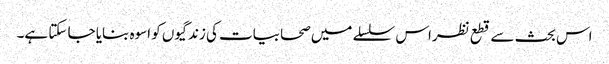
اس بحث سے قطع نظراس سلسلے میں صحابیات کی زندگیوں کو اسوہ بنایا جا سکتا ہے۔